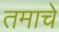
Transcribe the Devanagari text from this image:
तमाचे